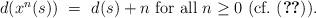
LaTeX: \begin{align*}\begin{minipage}[c]{35pc}$d(x^n(s))\ =\ d(s)+n$ for all $n\geq 0$ (cf.~\eqref{d.dxs}).\end{minipage}\end{align*}